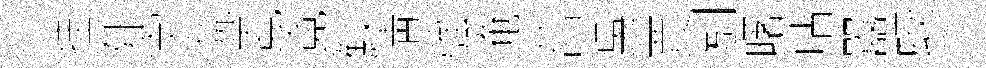
挂阯宇院霓竟鮫淸強淹菖吳賈別曙呫囂蛟